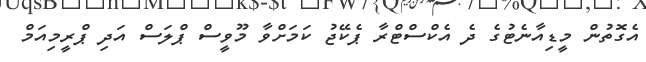
އެގޮތުން މީޑިއާނެޓުގެ ދެ އެކްސްޓްރާ ޕެކޭޖު ކަމަށްވާ މޫވީސް ޕްލަސް އަދި ޕްރީމިއަމް